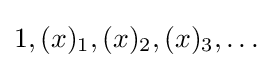
1,(x)_{1},(x)_{2},(x)_{3},\ldots